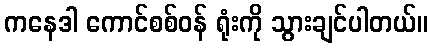
ကနေဒါ ကောင်စစ်ဝန် ရုံးကို သွားချင်ပါတယ်။